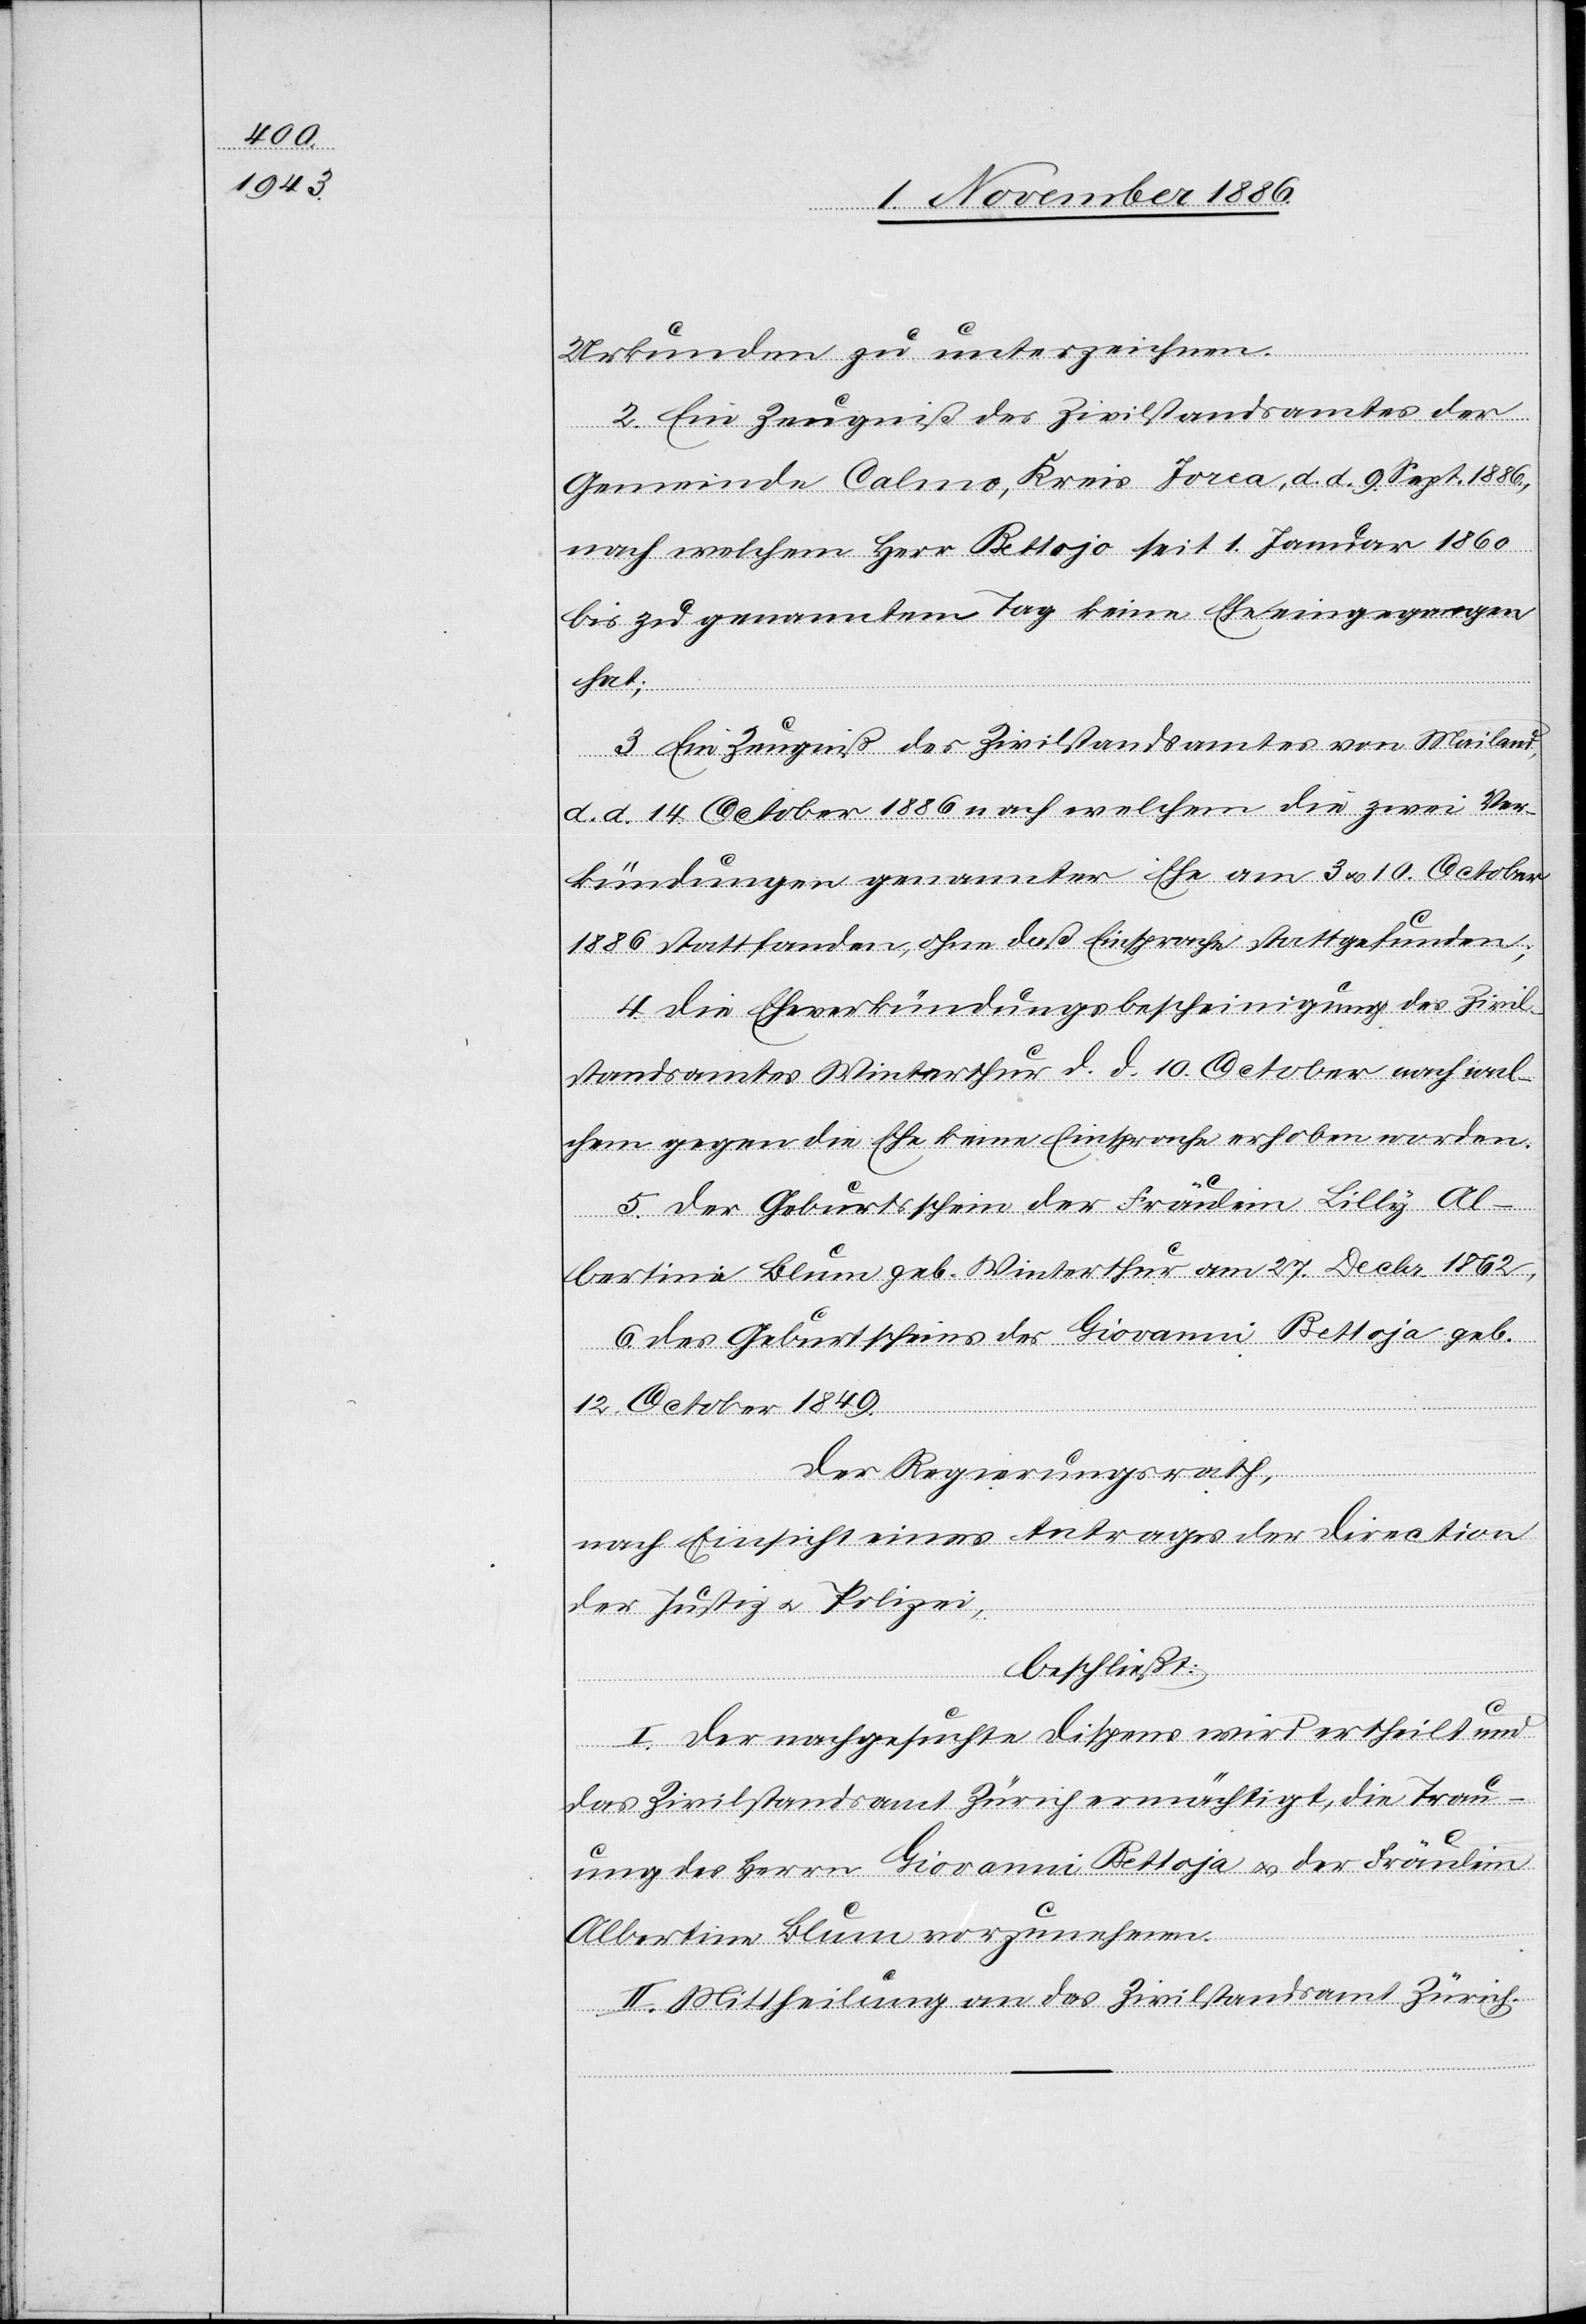
Urkunden zu unterzeichnen.
2. Ein Zeugniß des Zivilstandsamtes der
Gemeinde Calmo, Kreis Jorca, d. d. 9. Sept. 1886,
nach welchem Herr Bettojo seit 1. Januar 1860
bis zu genanntem Tag keine Ehe eingegangen
hat;
3. Ein Zeugniß der Zivilstandsamtes von Mailand,
d. d. 14. October 1886 nach welchem die zwei Ver¬
kündungen genannter Ehe am 3. & 10. October
1886 stattfanden, ohne daß Einsprache stattgefunden;
4. Die Eheverkündungsbescheinigung des Zivil¬
standsamtes Winterthur d. d. 10. October nach wel¬
chem gegen die Ehe keine Einsprache erhoben worden.
5. Der Geburtsschein der Fräulein Lilly Al¬
bertine Blum geb. Winterthur am 27. Decbr. 1862,
6. Des Geburtscheins [sic!] des Giovanni Bettoja geb.
12. October 1849.
Der Regierungsrath,
nach Einsicht eines Antrages der Direction
der Justiz & Polizei,
beschließt:
I. Der nachgesuchte Dispens wird ertheilt und
das Zivilstandsamt Zürich ermächtigt, die Trau¬
ung des Herrn Giovanni Bettoja & der Fräulein
Albertine Blum vorzunehmen.
II. Mittheilung an das Zivilstandsamt Zürich.